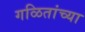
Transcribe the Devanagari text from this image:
गळितांच्या